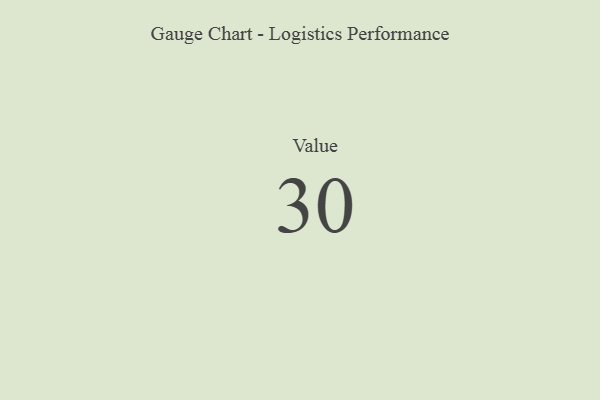
{"axis": {"x": "Metric", "y": "Value"}, "legend": [""], "data": [{"x": "Value", "y": 30, "type": ""}]}